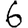
Digit: 6